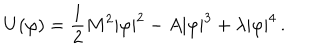
U ( \varphi ) = \frac { 1 } { 2 } M ^ { 2 } | \varphi | ^ { 2 } - A | \varphi | ^ { 3 } + \lambda | \varphi | ^ { 4 } \, .